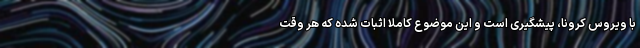
با ویروس کرونا، پیشگیری است و این موضوع کاملا اثبات شده که هر وقت